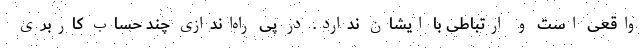
واقعی است و ارتباطی با ایشان ندارد. در پی راه‌اندازی چند حساب کاربری